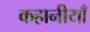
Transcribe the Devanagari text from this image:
कहानीयाँ